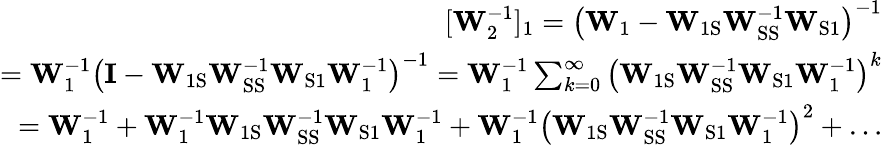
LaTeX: \begin{array}{r}{[\mathbf{W}_{2}^{-1}]_{1}=\left(\mathbf{W}_{1}-\mathbf{W}_{\mathrm{1S}}\mathbf{W}_{\mathrm{SS}}^{-1}\mathbf{W}_{\mathrm{S1}}\right)^{-1}}\\ {=\mathbf{W}_{1}^{-1}\left(\mathbf{I}-\mathbf{W}_{\mathrm{1S}}\mathbf{W}_{\mathrm{SS}}^{-1}\mathbf{W}_{\mathrm{S1}}\mathbf{W}_{1}^{-1}\right)^{-1}=\mathbf{W}_{1}^{-1}\sum_{k=0}^{\infty}\left(\mathbf{W}_{\mathrm{1S}}\mathbf{W}_{\mathrm{SS}}^{-1}\mathbf{W}_{\mathrm{S1}}\mathbf{W}_{1}^{-1}\right)^{k}}\\ {=\mathbf{W}_{1}^{-1}+\mathbf{W}_{1}^{-1}\mathbf{W}_{\mathrm{1S}}\mathbf{W}_{\mathrm{SS}}^{-1}\mathbf{W}_{\mathrm{S1}}\mathbf{W}_{1}^{-1}+\mathbf{W}_{1}^{-1}\left(\mathbf{W}_{\mathrm{1S}}\mathbf{W}_{\mathrm{SS}}^{-1}\mathbf{W}_{\mathrm{S1}}\mathbf{W}_{1}^{-1}\right)^{2}+\dots}\end{array}